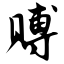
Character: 赙